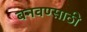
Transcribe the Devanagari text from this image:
बनवण्साठी